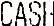
CASH